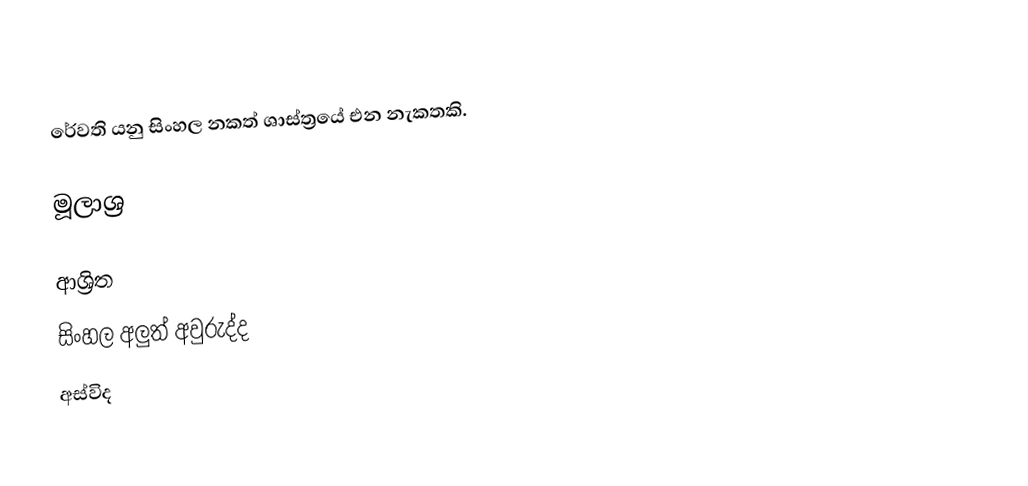
රේවති යනු සිංහල නකත් ශාස්ත්‍රයේ එන නැකතකි.

මූලාශ්‍ර

ආශ්‍රිත
 සිංහල අලුත් අවුරුද්ද
 අස්විද